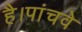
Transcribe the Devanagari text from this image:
है।पांचवे